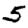
Digit: 5